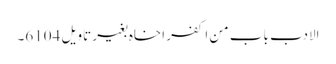
الادب باب من اکفر اخاہ بغیر تاویل 6104۔